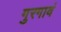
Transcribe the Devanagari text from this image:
गुरगावं